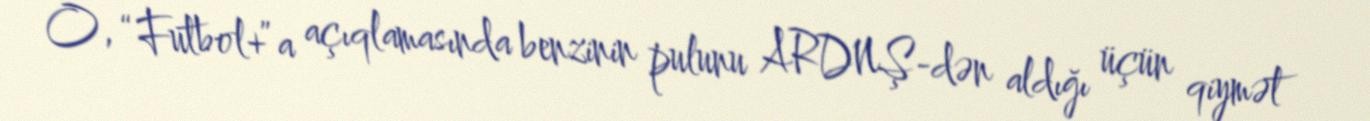
O, “Futbol+”a açıqlamasında benzinin pulunu ARDNŞ-dən aldığı üçün qiymət